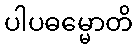
ပါပဓမ္မောတိ